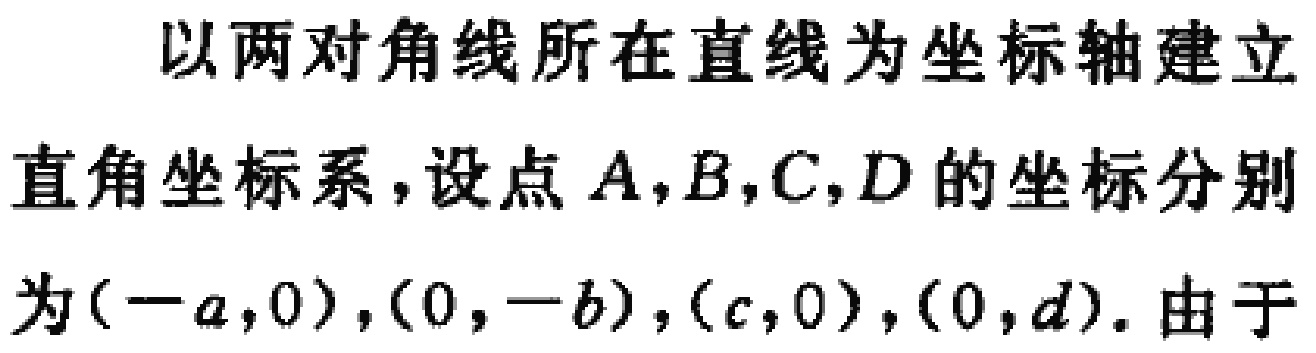
以两对角线所在直线为坐标轴建立
直角坐标系，设点 \(A,B,C,D\) 的坐标分别
为\((-a,0),(0,-b),(c,0),(0,d)\). 由于